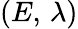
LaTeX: (E,\, \lambda)